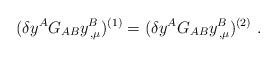
\begin{align*}(\delta y^{A}G_{AB}y^{B}_{\,,\mu})^{(1)} =(\delta y^{A}G_{AB}y^{B}_{\,,\mu})^{(2)} ~. \end{align*}